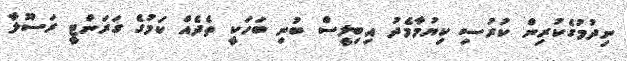
ނިދުމުގެކުރިން ކުރުސި ކިޔުމާމެދު އިބިލީސް ބުނި ބަހަކީ ތެދެއް ކަމުގެ ގަރަންޓީ ރަސޫލާ